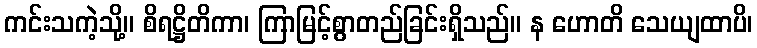
ကင်းသကဲ့သို့။ စိရဋ္ဌိတိကာ၊ ကြာမြင့်စွာတည်ခြင်းရှိသည်။ န ဟောတိ သေယျထာပိ၊